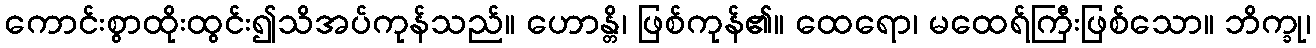
ကောင်းစွာထိုးထွင်း၍သိအပ်ကုန်သည်။ ဟောန္တိ၊ ဖြစ်ကုန်၏။ ထေရော၊ မထေရ်ကြီးဖြစ်သော။ ဘိက္ခု၊